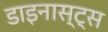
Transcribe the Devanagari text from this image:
डाइनास्ट्स